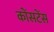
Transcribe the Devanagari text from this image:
कोंसटेंस